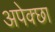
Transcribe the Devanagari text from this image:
अपेक्छा